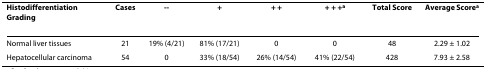
| Histodifferentiation Grading | Cases | -- | + | + + | + + +a | Total Score | Average Scorea |
 | --- | --- | --- | --- | --- | --- | --- | --- |
 | Normal liver tissues | 21 | 19% (4/21) | 81% (17/21) | 0 | 0 | 48 | 2.29 ± 1.02 |
 | Hepatocellular carcinoma | 54 | 0 | 33% (18/54) | 26% (14/54) | 41% (22/54) | 428 | 7.93 ± 2.58 |